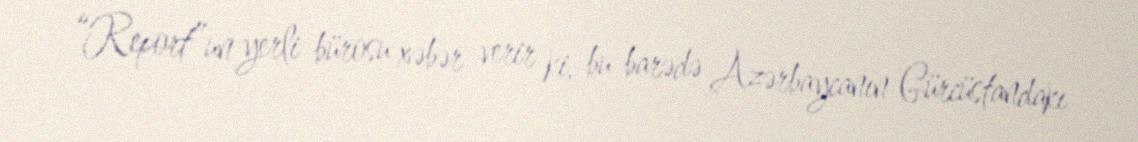
“Report”un yerli bürosu xəbər verir ki, bu barədə Azərbaycanın Gürcüstandakı